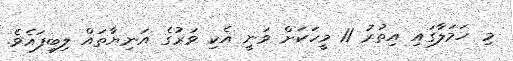
މި ހަމަލާގައި އިތުރު 11 މީހަކަށް ވަނީ އެކި ވަރުގެ އަނިޔާތައް ލިބިފައެވެ.